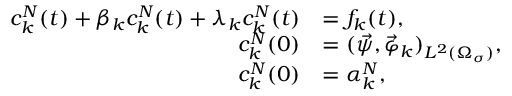
\begin{array} { r l } { c _ { k } ^ { N } ( t ) + \beta _ { k } c _ { k } ^ { N } ( t ) + \lambda _ { k } c _ { k } ^ { N } ( t ) } & { = f _ { k } ( t ) , } \\ { c _ { k } ^ { N } ( 0 ) } & { = ( \vec { \psi } , \vec { \varphi } _ { k } ) _ { L ^ { 2 } ( \Omega _ { \sigma } ) } , } \\ { c _ { k } ^ { N } ( 0 ) } & { = \alpha _ { k } ^ { N } , } \end{array}